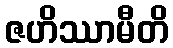
ဇဟိဿာမီတိ